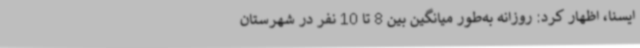
ایسنا، اظهار کرد: روزانه به‌طور میانگین بین 8 تا 10 نفر در شهرستان